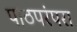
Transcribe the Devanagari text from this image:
पाठपरंपरा